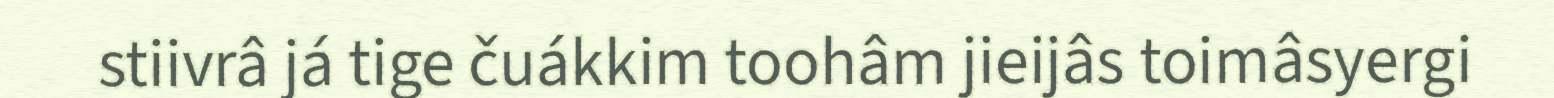
stiivrâ já tige čuákkim toohâm jieijâs toimâsyergi